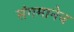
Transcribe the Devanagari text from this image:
संगमानेच